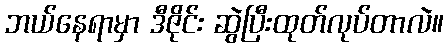
ဘယ်နေရာမှာ ဒီဇိုင်း ဆွဲပြီးထုတ်လုပ်တာလဲ။